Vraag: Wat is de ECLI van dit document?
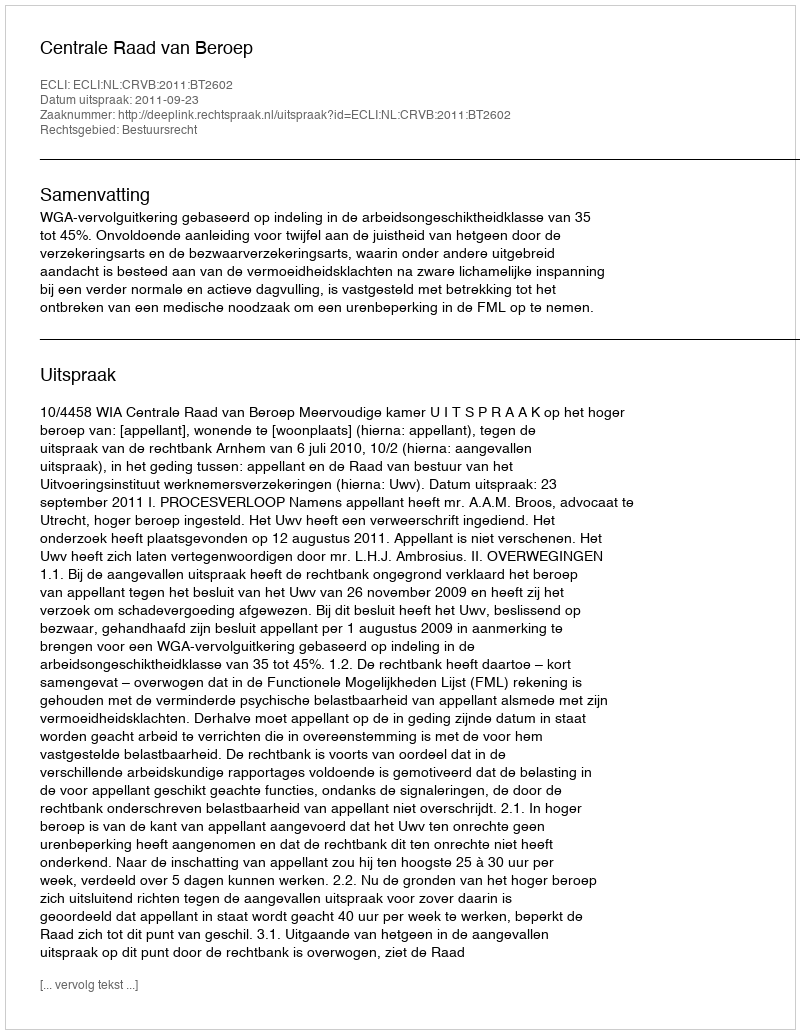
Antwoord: ECLI:NL:CRVB:2011:BT2602